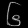
Digit: ၆